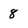
Character: 8